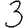
Digit: 3